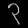
Digit: ၃